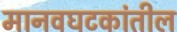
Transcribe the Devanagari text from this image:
मानवघटकांतील